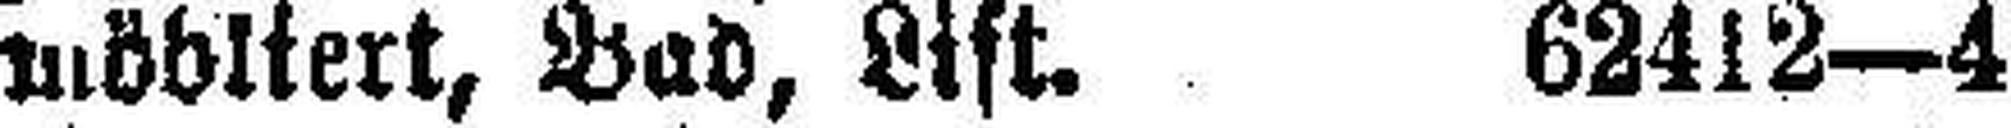
möbliert, Bad, Lift. 62412—4